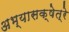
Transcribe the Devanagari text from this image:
अभ्यासक्षेत्रे